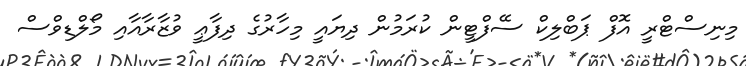
މިނިސްޓްރީ އޮފް ޕަބްލިކް ސޭފްޓީން ކުރަމުން ދިޔައީ މިހާރުގެ ދިފާޢީ ވުޒާރާއާއި މޯލްޑިވްސް